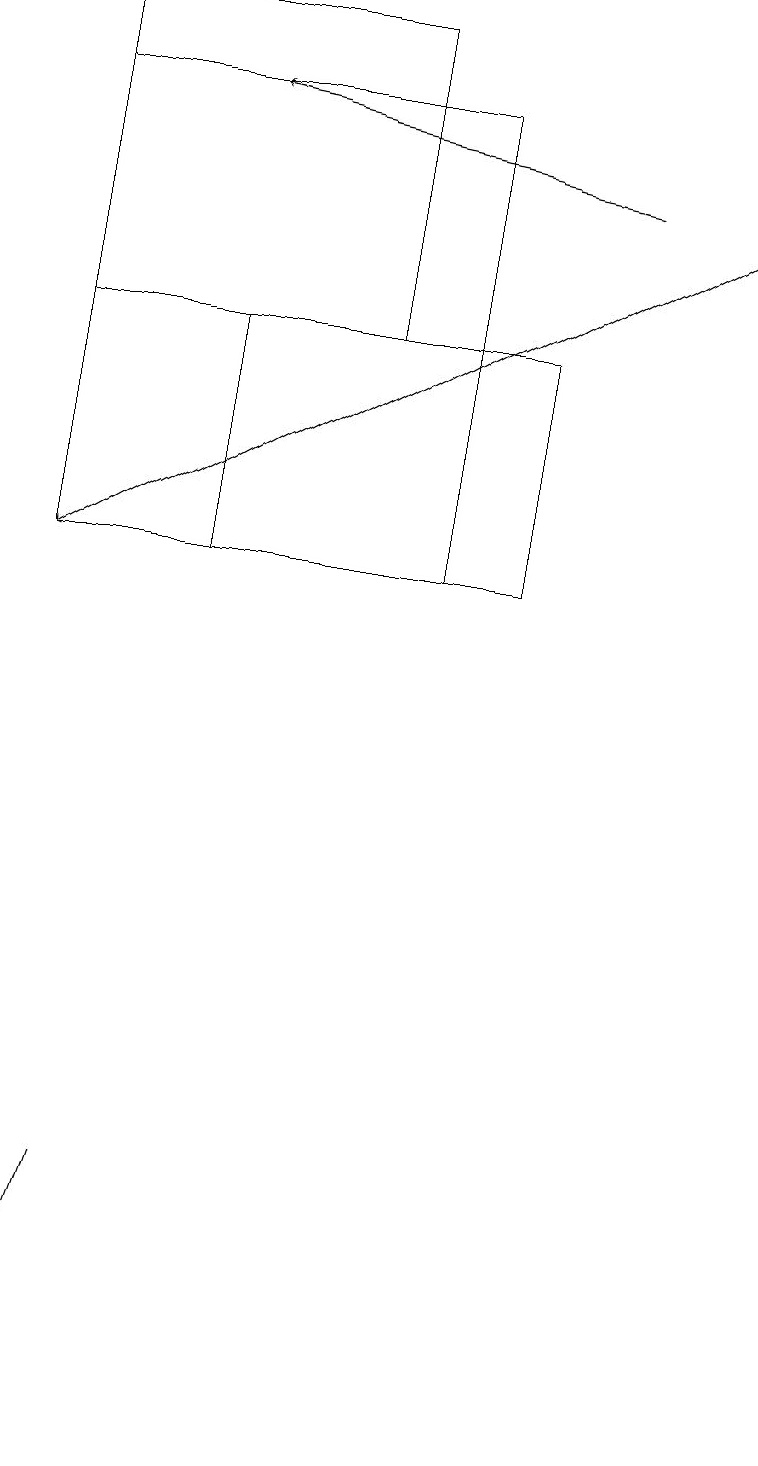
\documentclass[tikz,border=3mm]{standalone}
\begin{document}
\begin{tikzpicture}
\draw (5,18) rectangle (0,12);
\draw[->] (7,17) -- (2,18);
\draw[->] (9,17) -- (0,12);
\draw (4,15) rectangle (0,19);
\draw (2,15) rectangle (6,12);
\draw (0,1) -- (1,4) -- (0,1) -- cycle;
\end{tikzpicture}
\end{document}